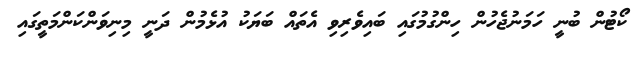
ކޯޓުން ބުނީ ހަމަނުޖެހުން ހިންގުމުގައި ބައިވެރިވި އެތައް ބަޔަކު އުޅެމުން ދަނީ މިނިވަންކަންމަތީގައި